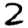
Digit: 2